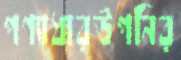
পণ্যাধারউপনির